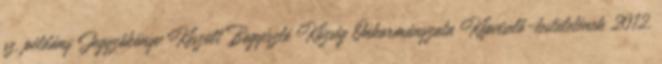
sz. példány Jegyzőkönyv Készült Bogyiszló Község Önkormányzata Képviselő-testületének 2012.